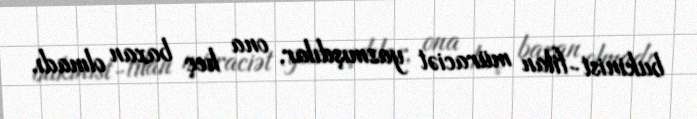
bukinist-filan müraciət yazmışdılar, ona heç baxan olmadı.